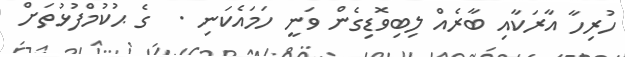
ހުރިހާ އާރަކާއި ބާރެއް ލިބިވޮޑިގެން ވަނީ ހަމައެކަނި .  ގެ ޙުކުމްފުޅުތަށް